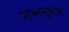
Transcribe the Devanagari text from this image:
त्रासामुळेच